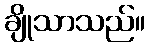
ချိုသာသည်။